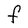
Character: F